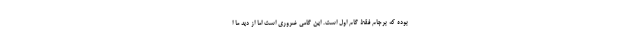
بوده که برجام فقط گام اول است. این گامی ضروری است اما از دید ما ا